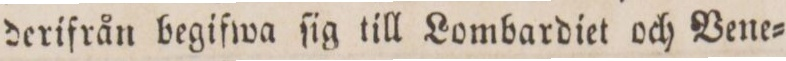
derifrån begifwa ſig till Lombardiet och Vene=